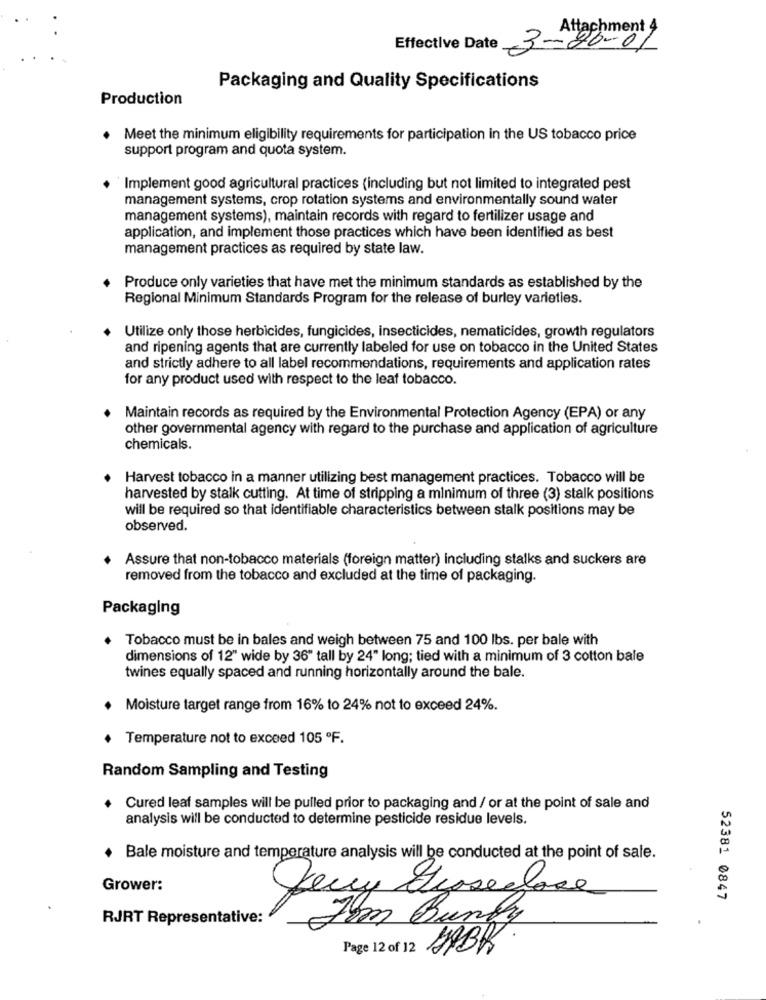
Attachment 4
Effective Date
3-20-01
Packaging and Quality Specifications
Production
. Meet the minimum eligibility requirements for participation in the US tobacco price
support program and quota system.
`Implement good agricultural practices (including but not limited to integrated pest
management systems, crop rotation systems and environmentally sound water
management systems), maintain records with regard to fertilizer usage and
application, and implement those practices which have been identified as best
management practices as required by state law.
Produce only varieties that have met the minimum standards as established by the
Regional Minimum Standards Program for the release of burley varieties.
Utilize only those herbicides, fungicides, insecticides, nematicides, growth regulators
and ripening agents that are currently labeled for use on tobacco in the United States
and strictly adhere to all label recommendations, requirements and application rates
for any product used with respect to the leaf tobacco.
Maintain records as required by the Environmental Protection Agency (EPA) or any
other governmental agency with regard to the purchase and application of agriculture
chemicals.
Harvest tobacco in a manner utilizing best management practices. Tobacco will be
harvested by stalk cutting. At time of stripping a minimum of three (3) stalk positions
will be required so that identifiable characteristics between stalk positions may be
observed.
Assure that non-tobacco materials (foreign matter) including stalks and suckers are
removed from the tobacco and excluded at the time of packaging.
Packaging
Tobacco must be in bales and weigh between 75 and 100 lbs. per bale with
dimensions of 12" wide by 36" tall by 24" long; tied with a minimum of 3 cotton bale
twines equally spaced and running horizontally around the bale.
Moisture target range from 16% to 24% not to exceed 24%.
Temperature not to exceed 105 ºF.
Random Sampling and Testing
. Cured leaf samples will be pulled prior to packaging and / or at the point of sale and
analysis will be conducted to determine pesticide residue levels.
Bale moisture and temperature analysis will be conducted at the point of sale.
Grower:
52381 0847
RJRT Representative:
Fom Bundy
Page 12 of 12
HABK